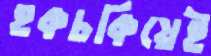
হকচকিয়েই